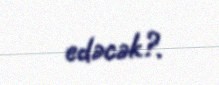
edəcək?.